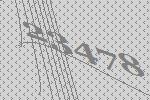
23478